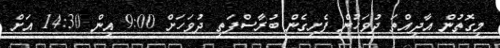
މިގޮތުން އާދިއްތަ ދުވަހުން ފެށިގެން ބުރާސްފަތި ދުވަހަށް 9:00 އިން 14:30 އަށް